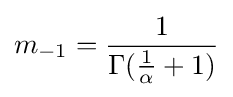
m_{-1}={\frac {1}{\Gamma ({\frac {1}{\alpha }}+1)}}